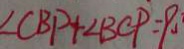
\angle C B P + \angle B C P = 9 0 ^ { \circ }